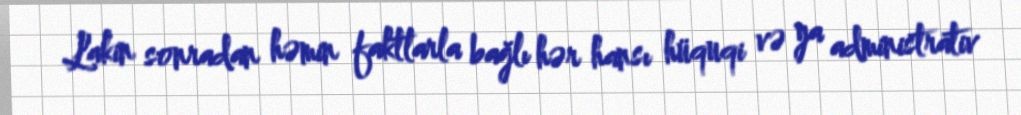
Lakin sonradan həmin faktlarla bağlı hər hansı hüquqi və ya administrativ